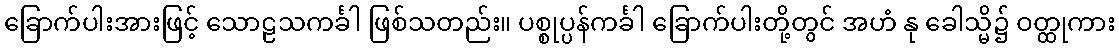
ခြောက်ပါးအားဖြင့် သောဠသကင်္ခါ ဖြစ်သတည်း။ ပစ္စုပ္ပန်ကင်္ခါ ခြောက်ပါးတို့တွင် အဟံ နု ခေါသ္မိ၌ ဝတ္ထုကား